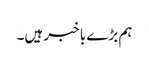
ہم بڑے با خبر ہیں۔